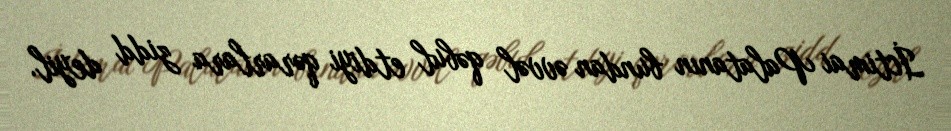
İctimai Palatanın bundan əvvəl qəbul etdiyi qərarlara zidd deyil.